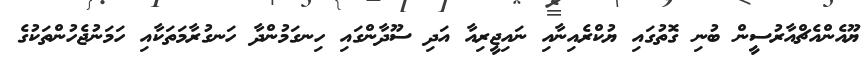
ޔޫއެންއެޗްއާރުސީން ބުނި ގޮތުގައި ޔުކްރެއިނާއި ނައިޖީރިއާ އަދި ސޫދާންގައި ހިނގަމުންދާ ހަނގުރާމަތަކާއި ހަމަނުޖެހުންތަކުގެ